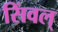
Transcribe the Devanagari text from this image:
सिंवल्